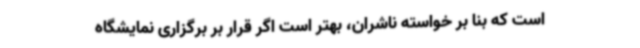
است که بنا بر خواسته ناشران، بهتر است اگر قرار بر برگزاری نمایشگاه